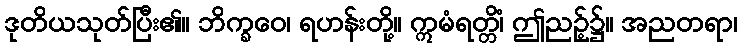
ဒုတိယသုတ်ပြီး၏။ ဘိက္ခဝေ၊ ရဟန်းတို့။ ဣမံရတ္တိံ၊ ဤညဉ့်၌။ အညတရာ၊